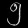
Digit: ၅